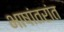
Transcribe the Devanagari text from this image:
भाषांतरांत